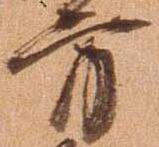
方